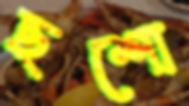
ছশো